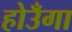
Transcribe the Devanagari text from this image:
होउँगा